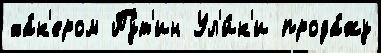
ха́к'ером Пу́т'ин Ул'и́к'и прода́жу